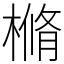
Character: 樇